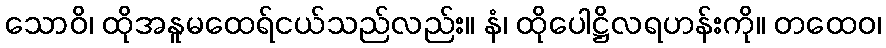
သောဝိ၊ ထိုအနူမထေရ်ငယ်သည်လည်း။ နံ၊ ထိုပေါဋ္ဌိလရဟန်းကို။ တထေဝ၊